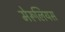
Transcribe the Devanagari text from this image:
मेरूलियस